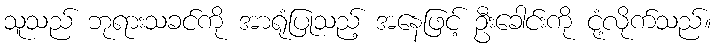
သူသည် ဘုရားသခင်ကို အာရုံပြုသည့် အနေဖြင့် ဦးခေါင်းကို ငုံ့လိုက်သည်။